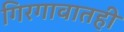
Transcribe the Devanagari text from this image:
गिरगावातही